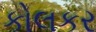
કોલકર